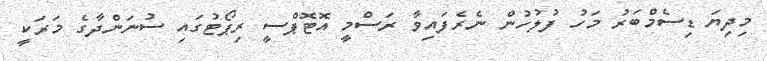
މިދިޔަ ޑިސެމްބަރު މަހު ފުލުހުން ނެރެފައިވާ ރަސްމީ އޮޓޮޕްސީ ރިޕޯޓުގައި ސުނަންދާގެ މަރަކީ